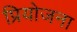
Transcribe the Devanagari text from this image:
प्रियोजना